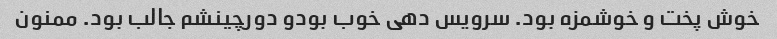
خوش پخت و خوشمزه بود. سرویس دهی خوب بودو دورچینشم جالب بود. ممنون